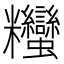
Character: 𥾃